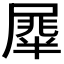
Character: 𭕯